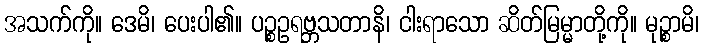
အသက်ကို။ ဒေမိ၊ ပေးပါ၏။ ပဉ္စဥရဗ္ဘသတာနိ၊ ငါးရာသော ဆိတ်မြမ္မာတို့ကို။ မုဉ္စာမိ၊